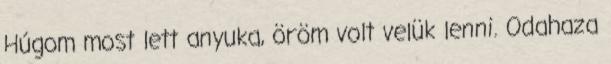
Húgom most lett anyuka, öröm volt velük lenni. Odahaza